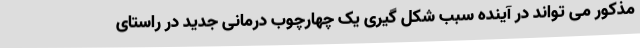
مذکور می تواند در آینده سبب شکل گیری یک چهارچوب درمانی جدید در راستای